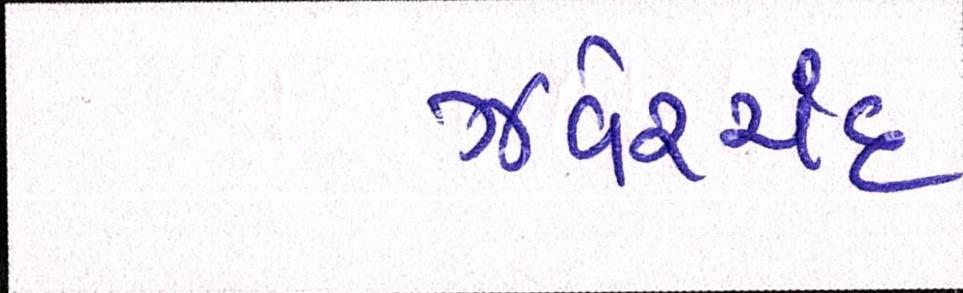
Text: ઝવેરચંદ